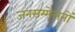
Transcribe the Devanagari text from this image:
जनसम्मेलनों